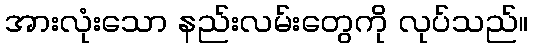
အားလုံးသော နည်းလမ်းတွေကို လုပ်သည်။